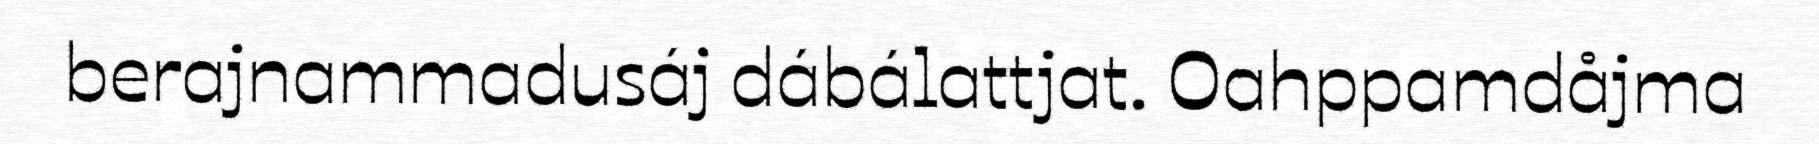
berajnammadusáj dábálattjat. Oahppamdåjma